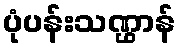
ပုံပန်းသဏ္ဌာန်